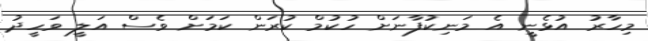
މިހާރު އުޅެނީ އެ މަނިކުފާނަށް ހުކުމް ކުރަން ކަމަށް ވެސް އަލީ ވަހީދު